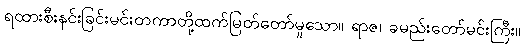
ရထားစီးနင်းခြင်းမင်းတကာတို့ထက်မြတ်တော်မူသော။ ရာဇ၊ ခမည်းတော်မင်းကြီး။